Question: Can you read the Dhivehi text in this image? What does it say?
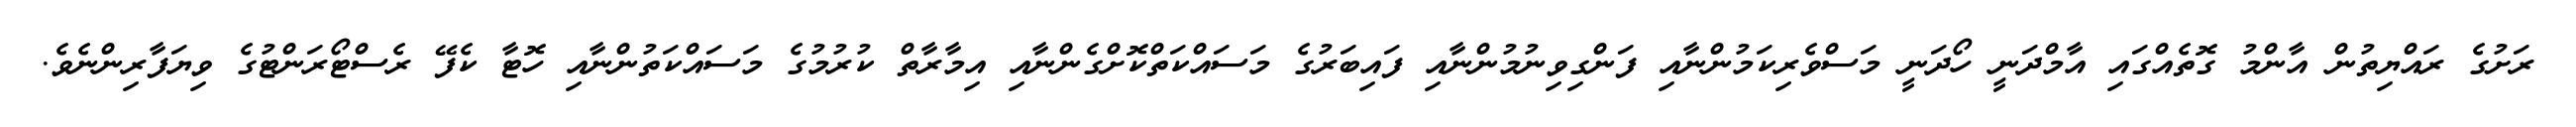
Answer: ރަށުގެ ރައްޔިތުން އާންމު ގޮތެއްގައި އާމްދަނީ ހޯދަނީ މަސްވެރިކަމުންނާއި ފަންގިވިނުމުންނާއި ފައިބަރުގެ މަސައްކަތްކޮށްގެންނާއި އިމާރާތް ކުރުމުގެ މަސައްކަތުންނާއި ހޮޓާ ކެފޭ ރެސްޓޯރަންޓުގެ ވިޔަފާރިންނެވެ.